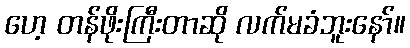
ဟေ့ တန်ဖိုးကြီးတာဆို လက်မခံဘူးနော်။